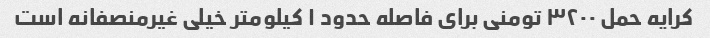
کرایه حمل ۳۲۰۰ تومنی برای فاصله حدود ۱ کیلومتر خیلی غیرمنصفانه است